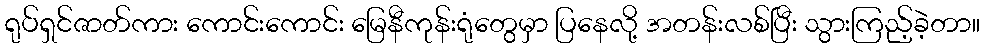
ရုပ်ရှင်ဇာတ်ကား ကောင်းကောင်း မြေနီကုန်းရုံတွေမှာ ပြနေလို့ အတန်းလစ်ပြီး သွားကြည့်ခဲ့တာ။